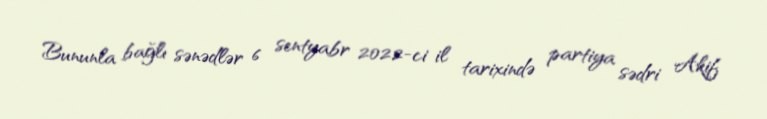
Bununla bağlı sənədlər 6 sentyabr 2022-ci il tarixində partiya sədri Akif